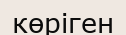
көріген